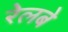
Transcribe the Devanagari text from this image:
रेलबे